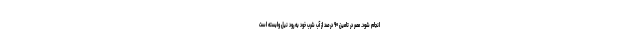
انجام شود. مصر در تامین ۹۰ درصد از آب شرب خود به رود نیل وابسته است